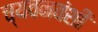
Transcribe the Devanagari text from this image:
च्यवनवंशी